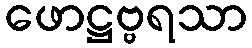
ဖောဋ္ဌဗ္ဗရသာ